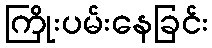
ကြိုးပမ်းနေခြင်း